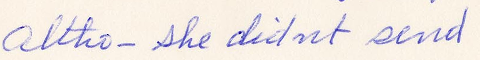
altho - she didnt send